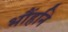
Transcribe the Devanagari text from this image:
भौंहनि